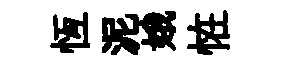
恆泥娥恠